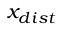
x _ { d i s t }